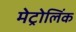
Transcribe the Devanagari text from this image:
मेट्रोलिंक